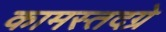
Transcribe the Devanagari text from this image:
कामस्तदग्रे